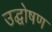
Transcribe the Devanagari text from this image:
उद्घोषण